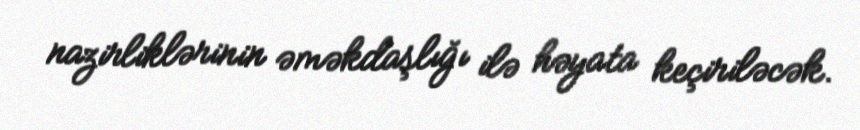
nazirliklərinin əməkdaşlığı ilə həyata keçiriləcək.